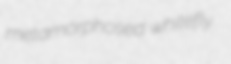
metamorphosed whitefly